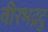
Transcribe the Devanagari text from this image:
वीरभद्रदु